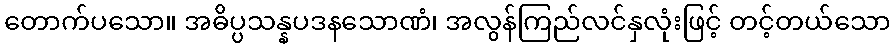
တောက်ပသော။ အဓိပ္ပသန္နပဒနသောဏံ၊ အလွန်ကြည်လင်နှလုံးဖြင့် တင့်တယ်သော